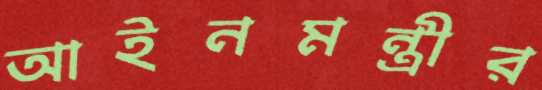
আইনমন্ত্রীর